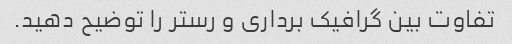
تفاوت بین گرافیک برداری و رستر را توضیح دهید.